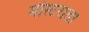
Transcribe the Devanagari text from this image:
मोस्टराडा